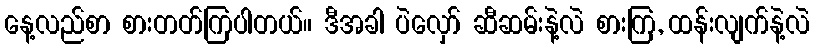
နေ့လည်စာ စားတတ်ကြပါတယ်။ ဒီအခါ ပဲလှော် ဆီဆမ်းနဲ့လဲ စားကြ, ထန်းလျက်နဲ့လဲ